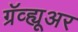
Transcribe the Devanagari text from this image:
ग्रॅव्ह्यूअर